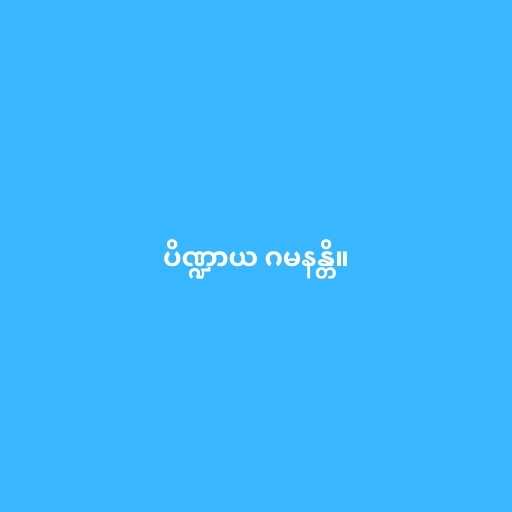
ပိဏ္ဍာယ ဂမနန္တိ။